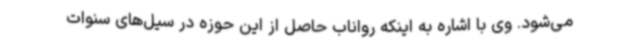
می‌شود. وی با اشاره به اینکه رواناب حاصل از این حوزه در سیل‌های سنوات